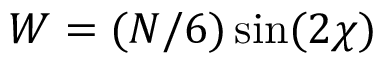
W = ( N / 6 ) \sin ( 2 \chi )